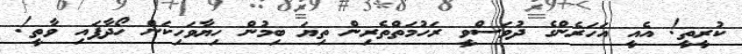
ކުރީތީ! އެއީ އަހަރެންގެ ދުވަސްވީ ރަހުމަތްތެރިން ތިޔަ ބިމުން ހިޔާވަހިކަން ހޯދާފައި ވާތީ!